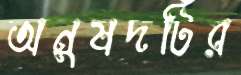
অনুষদটির